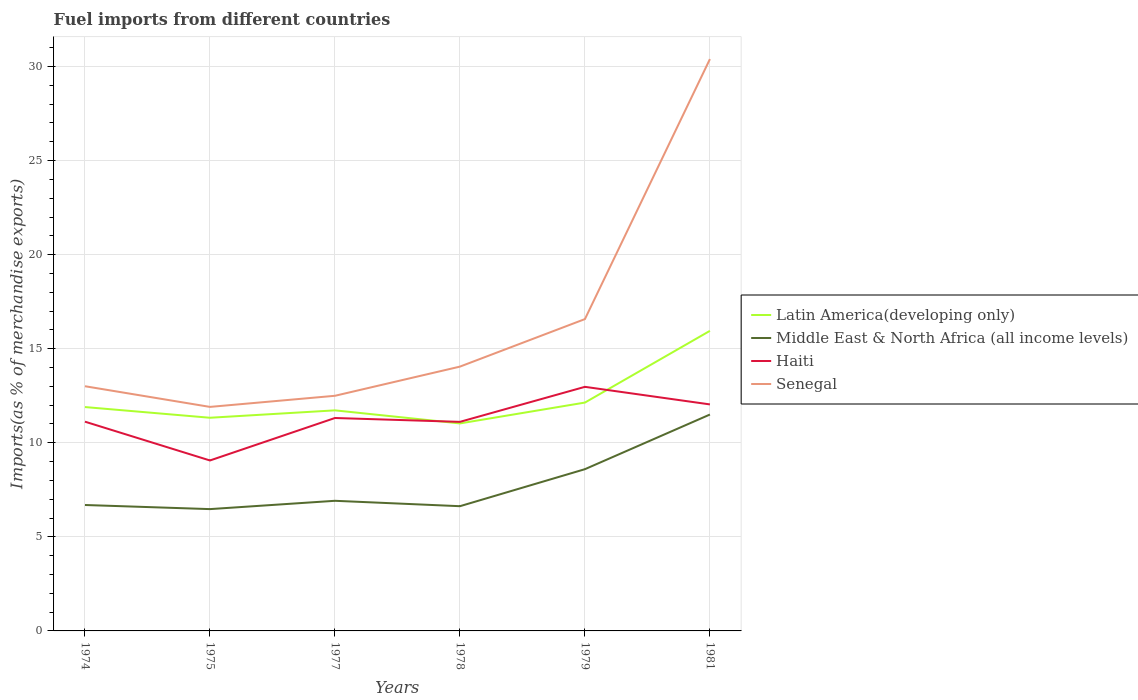
| Years | Latin America(developing only) | Middle East & North Africa (all income levels) | Haiti | Senegal |
 | --- | --- | --- | --- | --- |
 | 1974 | 11.9 | 6.69 | 11.1 | 13 |
 | 1975 | 11.3 | 6.47 | 9.06 | 11.9 |
 | 1977 | 11.7 | 6.92 | 11.3 | 12.5 |
 | 1978 | 11 | 6.63 | 11.1 | 14 |
 | 1979 | 12.1 | 8.6 | 13 | 16.6 |
 | 1981 | 16 | 11.5 | 12 | 30.4 |